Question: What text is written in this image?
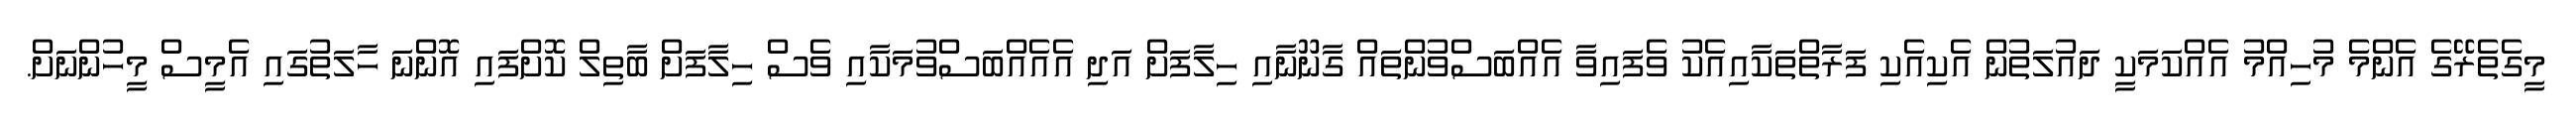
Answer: މީގެތެރޭގެ އެންމެ މުހިއްމު އެއްކަމަކީ ދައުލަތުން އެކިއެކި ފަރާތްތަކާއިއެކު ވެފައިވާ އެއްބަސްވުންތައް ގާނޫނާއި ހިލާފަށް އަދި އެއެއްބަސްވުމަކާއި ވެސް ހިލާފަށް ބާތިލް ކޮށްފައި އޮންނަ ހާލަތުގައި އެމީސް މީހުންނަށް.